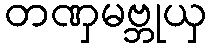
တဏှမဗ္ဘုယှ